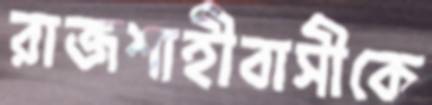
রাজশাহীবাসীকে